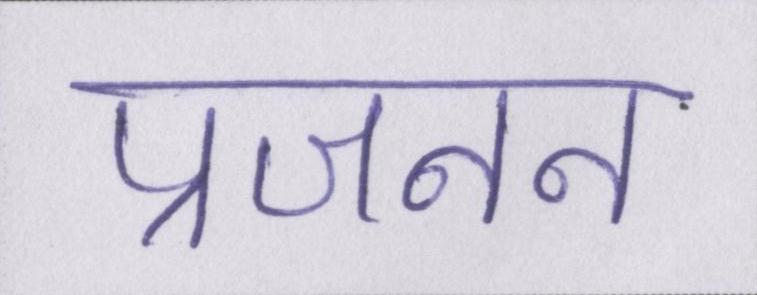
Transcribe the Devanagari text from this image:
प्रजनन